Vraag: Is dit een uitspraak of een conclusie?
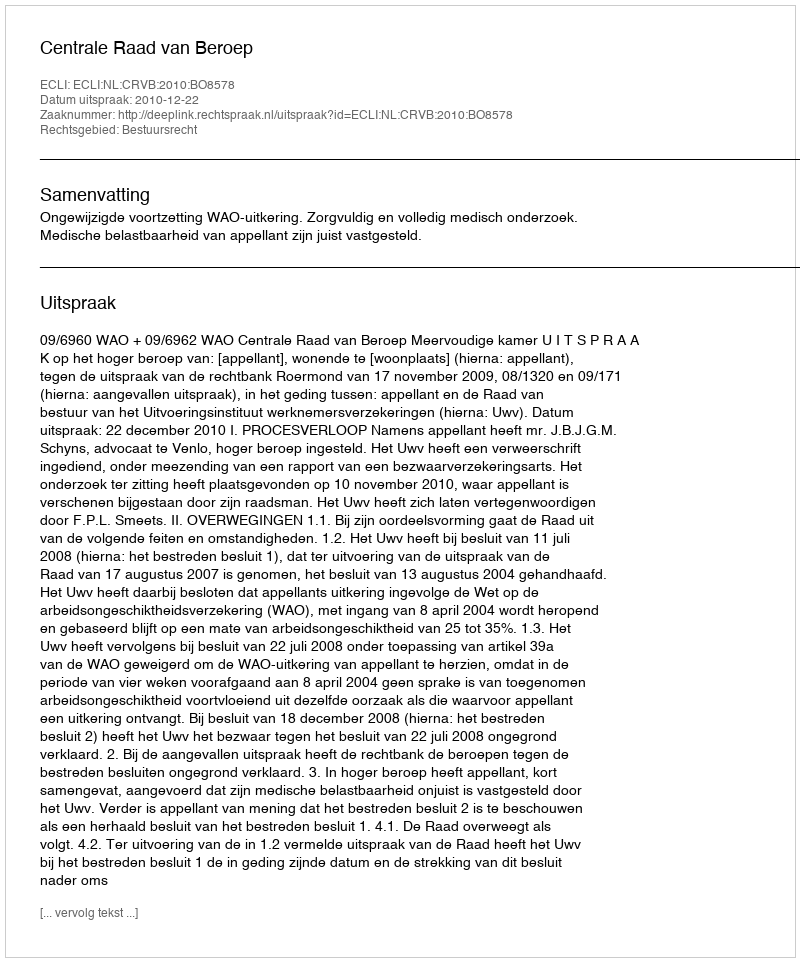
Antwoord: Uitspraak